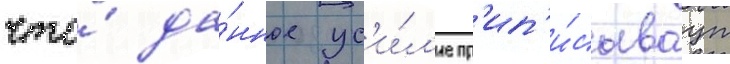
что́ да́нное ус'и́л'ие пр'ип'и́сываут